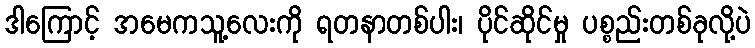
ဒါကြောင့် အမေကသူ့လေးကို ရတနာတစ်ပါး၊ ပိုင်ဆိုင်မှု ပစ္စည်းတစ်ခုလို့ပဲ